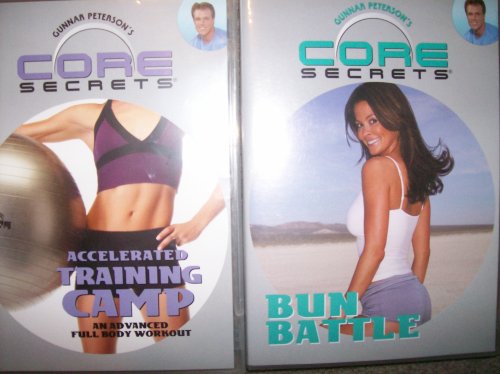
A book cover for Gunnar Peterson's CORE SECRETS 2 DVD SET: BUN BATTLE & ACCELERATED TRAINING CAMP (An advanced full body workout) with Brooke Burke; Gunnar Peterson; Health, Fitness & Dieting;